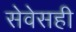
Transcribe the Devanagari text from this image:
सेवेसही